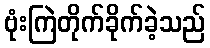
ဗုံးကြဲတိုက်ခိုက်ခဲ့သည်